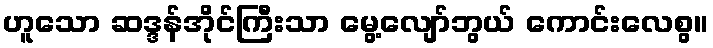
ဟူသော ဆဒ္ဒန်အိုင်ကြီးသာ မွေ့လျော်ဘွယ် ကောင်းလေစွ။